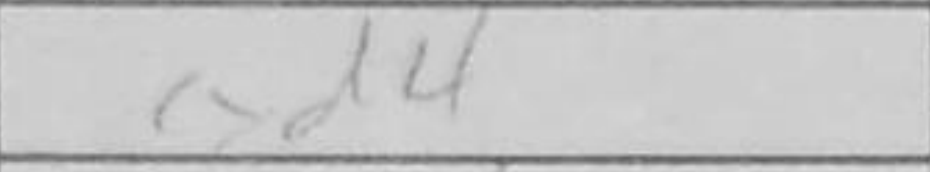
Transcription: cxd4